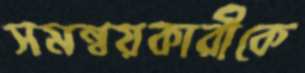
সমন্বয়কারীকে